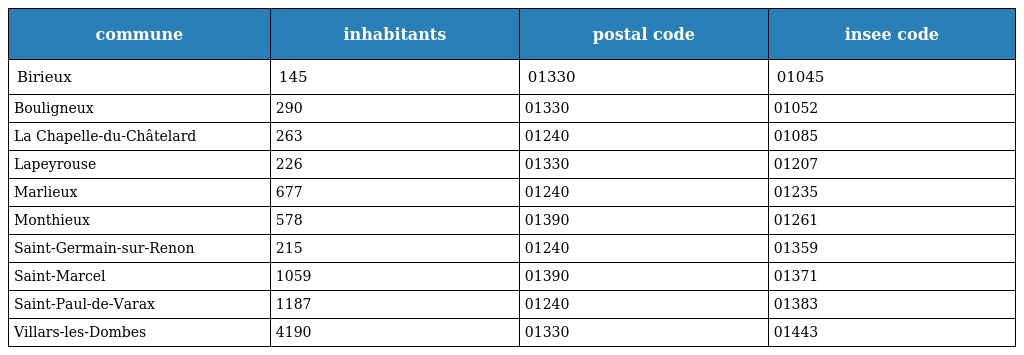
| commune | inhabitants | postal code | insee code |
 | --- | --- | --- | --- |
 | Birieux | 145 | 01330 | 01045 |
 | Bouligneux | 290 | 01330 | 01052 |
 | La Chapelle-du-Châtelard | 263 | 01240 | 01085 |
 | Lapeyrouse | 226 | 01330 | 01207 |
 | Marlieux | 677 | 01240 | 01235 |
 | Monthieux | 578 | 01390 | 01261 |
 | Saint-Germain-sur-Renon | 215 | 01240 | 01359 |
 | Saint-Marcel | 1059 | 01390 | 01371 |
 | Saint-Paul-de-Varax | 1187 | 01240 | 01383 |
 | Villars-les-Dombes | 4190 | 01330 | 01443 |